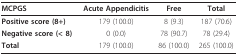
<table><thead><tr><td><b>MCPGS</b></td><td><b>Acute Appendicitis</b></td><td><b>Free</b></td><td><b>Total</b></td></tr></thead><tbody><tr><td><b>Positive score (8+)</b></td><td>179 (100.0)</td><td>8 (9.3)</td><td>187 (70.6)</td></tr><tr><td><b>Negative score (&lt; 8)</b></td><td>0 (0.0)</td><td>78 (90.7)</td><td>78 (29.4)</td></tr><tr><td><b>Total</b></td><td>179 (100.0)</td><td>86 (100.0)</td><td>265 (100.0)</td></tr></tbody></table>